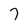
Character: 7